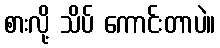
စားလို့ သိပ် ကောင်းတာပဲ။